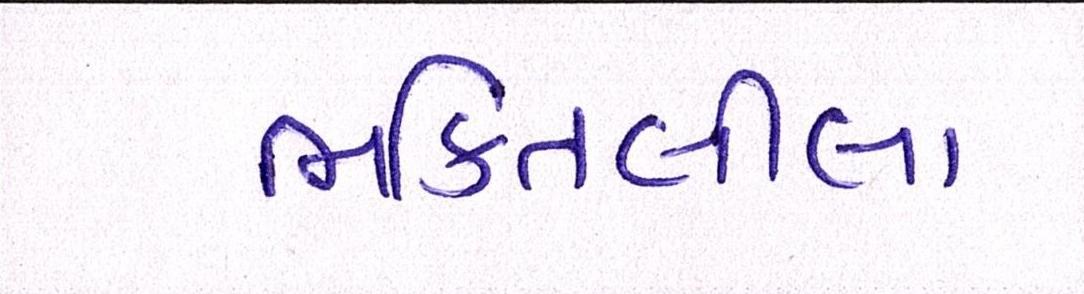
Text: ભક્તિલીલા